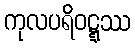
ကုလပရိဝဋ္ဋဿ